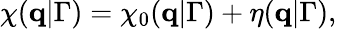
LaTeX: \chi(\mathbf{q}|\Gamma)=\chi_{0}(\mathbf{q}|\Gamma)+\eta(\mathbf{q}|\Gamma),